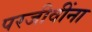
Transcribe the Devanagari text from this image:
परजीवींना